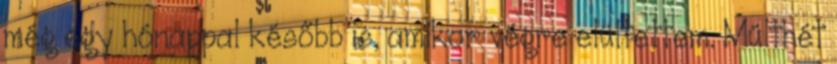
még egy hónappal később is, amikor végre elültettem. Múlthét